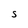
Character: S